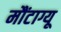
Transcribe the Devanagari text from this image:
मौंटाग्यू